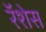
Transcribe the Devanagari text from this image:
रॅशेस